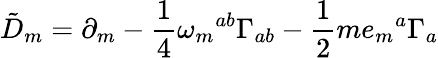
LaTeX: {\tilde{D}}_{m}=\partial_{m}-\frac{1}{4}\omega_{m}{}^{ab}\Gamma_{ab}-\frac{1}{2}me_{m}{}^{a}\Gamma_{a}